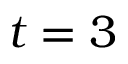
t = 3